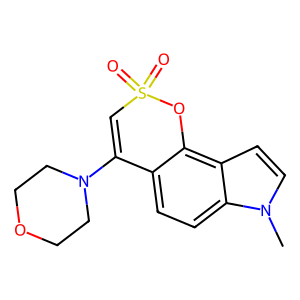
SMILES: Cn1ccc2c3c(ccc21)C(N1CCOCC1)=CS(=O)(=O)O3
Inhibits HIV replication: No